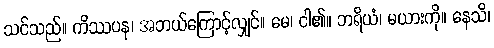
သင်သည်။ ကိဿပန၊ အဘယ်ကြောင့်လျှင်။ မေ၊ ငါ၏။ ဘရိယံ၊ မယားကို။ နေသိ၊